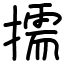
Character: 擩